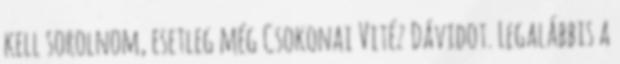
kell sorolnom, esetleg még Csokonai Vitéz Dávidot. Legalábbis a